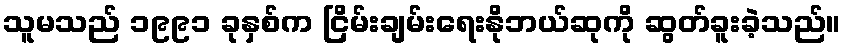
သူမသည် ၁၉၉၁ ခုနှစ်က ငြိမ်းချမ်းရေးနိုဘယ်ဆုကို ဆွတ်ခူးခဲ့သည်။